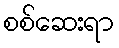
စစ်ဆေးရာ